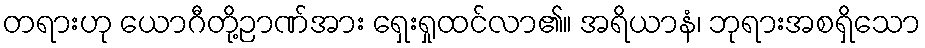
တရားဟု ယောဂီတို့ဉာဏ်အား ရှေးရှုထင်လာ၏။ အရိယာနံ၊ ဘုရားအစရှိသော